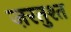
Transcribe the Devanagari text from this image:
ज़रतुश्त